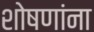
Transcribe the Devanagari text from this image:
शोषणांना